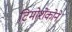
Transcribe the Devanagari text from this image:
टिमोशेंकोने